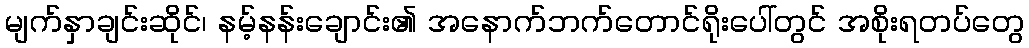
မျက်နှာချင်းဆိုင်၊ နမ့်နန်းချောင်း၏ အနောက်ဘက်တောင်ရိုးပေါ်တွင် အစိုးရတပ်တွေ